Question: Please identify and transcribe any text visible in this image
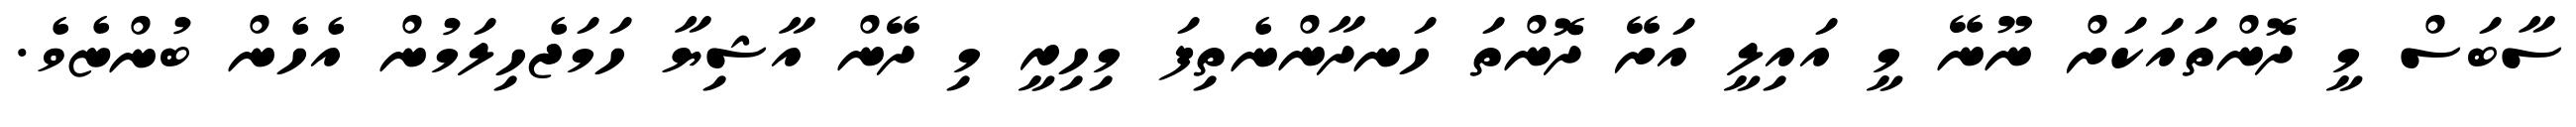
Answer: ސާބަސް މީ ދޮންތައަކަށް ނޫނޭ މީ އައިލީ އަށޭ ދޮންތަ ހަނދާންނެތިފަ މިހިރީ މި ދޭން އާޝިޔާ ހަމަޖެހިލަމުން އެހެން ބުންޏެވެ.